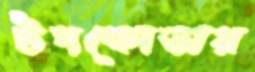
টপকোডার